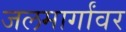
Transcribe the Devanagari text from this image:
जलमार्गांवर